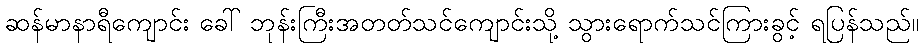
ဆန်မာနာရီကျောင်း ခေါ် ဘုန်းကြီးအတတ်သင်ကျောင်းသို့ သွားရောက်သင်ကြားခွင့် ရပြန်သည်။